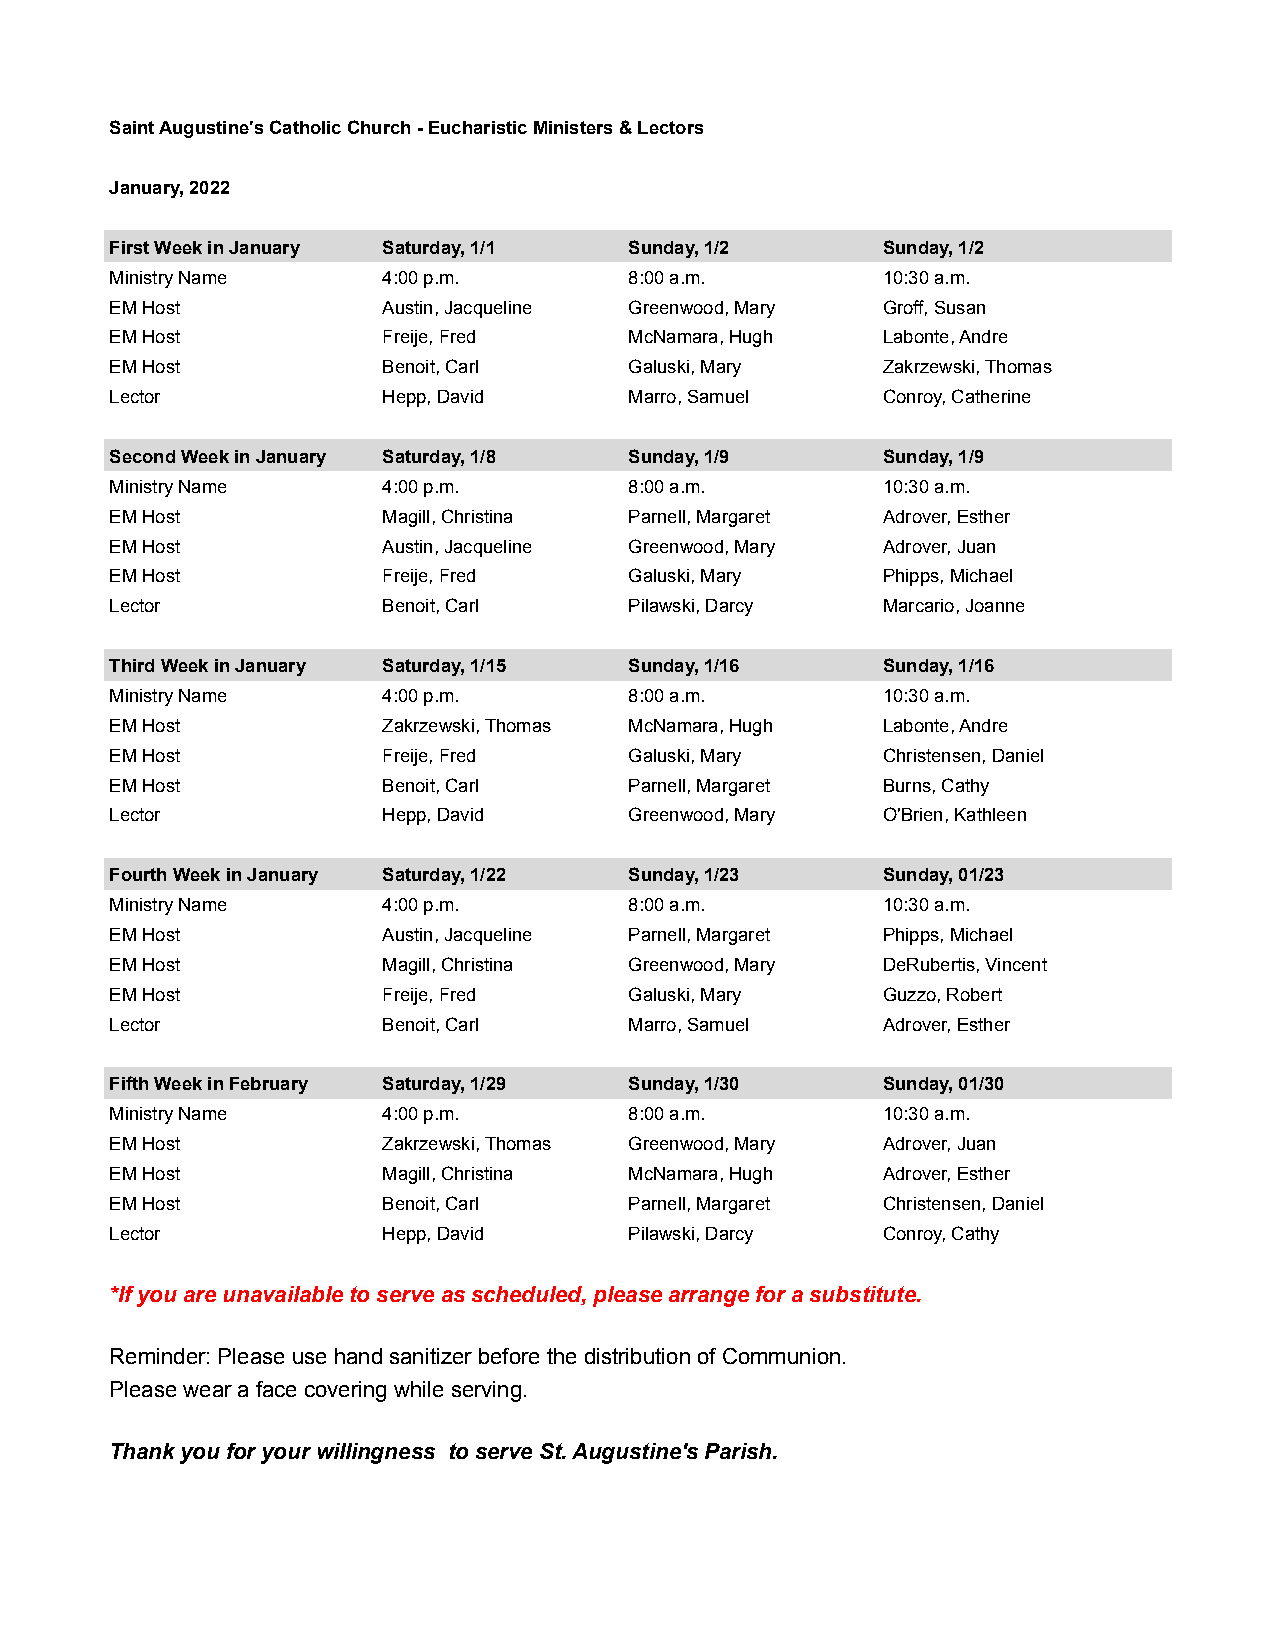
Saint Augustine's Catholic Church - Eucharistic Ministers & Lectors
 January, 2022
 First Week in January Saturday, 1/1 Sunday, 1/2    Sunday, 1/2
 Ministry Name     4:00 p.m.        8:00 a.m.       10:30 a.m.
 EM Host           Austin, Jacqueline Greenwood, Mary Groff, Susan
 EM Host           Freije, Fred     McNamara, Hugh  Labonte, Andre
 EM Host           Benoit, Carl     Galuski, Mary   Zakrzewski, Thomas
 Lector            Hepp, David      Marro, Samuel   Conroy, Catherine
 Second Week in January Saturday, 1/8 Sunday, 1/9   Sunday, 1/9
 Ministry Name     4:00 p.m.        8:00 a.m.       10:30 a.m.
 EM Host           Magill, Christina Parnell, Margaret Adrover, Esther
 EM Host           Austin, Jacqueline Greenwood, Mary Adrover, Juan
 EM Host           Freije, Fred     Galuski, Mary   Phipps, Michael
 Lector            Benoit, Carl     Pilawski, Darcy Marcario, Joanne
 Third Week in January Saturday, 1/15 Sunday, 1/16  Sunday, 1/16
 Ministry Name     4:00 p.m.        8:00 a.m.       10:30 a.m.
 EM Host           Zakrzewski, Thomas McNamara, Hugh Labonte, Andre
 EM Host           Freije, Fred     Galuski, Mary   Christensen, Daniel
 EM Host           Benoit, Carl     Parnell, Margaret Burns, Cathy
 Lector            Hepp, David      Greenwood, Mary O'Brien, Kathleen
 Fourth Week in January Saturday, 1/22 Sunday, 1/23 Sunday, 01/23
 Ministry Name     4:00 p.m.        8:00 a.m.       10:30 a.m.
 EM Host           Austin, Jacqueline Parnell, Margaret Phipps, Michael
 EM Host           Magill, Christina Greenwood, Mary DeRubertis, Vincent
 EM Host           Freije, Fred     Galuski, Mary   Guzzo, Robert
 Lector            Benoit, Carl     Marro, Samuel   Adrover, Esther
 Fifth Week in February Saturday, 1/29 Sunday, 1/30 Sunday, 01/30
 Ministry Name     4:00 p.m.        8:00 a.m.       10:30 a.m.
 EM Host           Zakrzewski, Thomas Greenwood, Mary Adrover, Juan
 EM Host           Magill, Christina McNamara, Hugh Adrover, Esther
 EM Host           Benoit, Carl     Parnell, Margaret Christensen, Daniel
 Lector            Hepp, David      Pilawski, Darcy Conroy, Cathy
 *If you are unavailable to serve as scheduled, please arrange for a substitute.
 Reminder: Please use hand sanitizer before the distribution of Communion.
 Please wear a face covering while serving.
 Thank you for your willingness to serve St. Augustine's Parish.